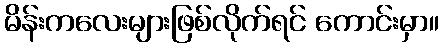
မိန်းကလေးများဖြစ်လိုက်ရင် ကောင်းမှာ။